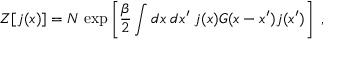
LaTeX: { \cal Z } [ j ( x ) ] = { \cal N } \; \mathrm { e x p } \left[ { \frac { \beta } { 2 } } \int d x \; d x ^ { \prime } \; j ( x ) { \cal G } ( x - x ^ { \prime } ) j ( x ^ { \prime } ) \right] \; ,